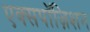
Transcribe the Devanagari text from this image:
एक्सपॉज़िशन